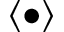
\langle \bullet \rangle